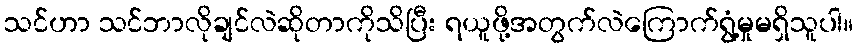
သင်ဟာ သင်ဘာလိုချင်လဲဆိုတာကိုသိပြီး ရယူဖို့အတွက်လဲကြောက်ရွံ့မှုမရှိသူပါ။